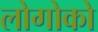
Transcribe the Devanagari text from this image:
लोगोको